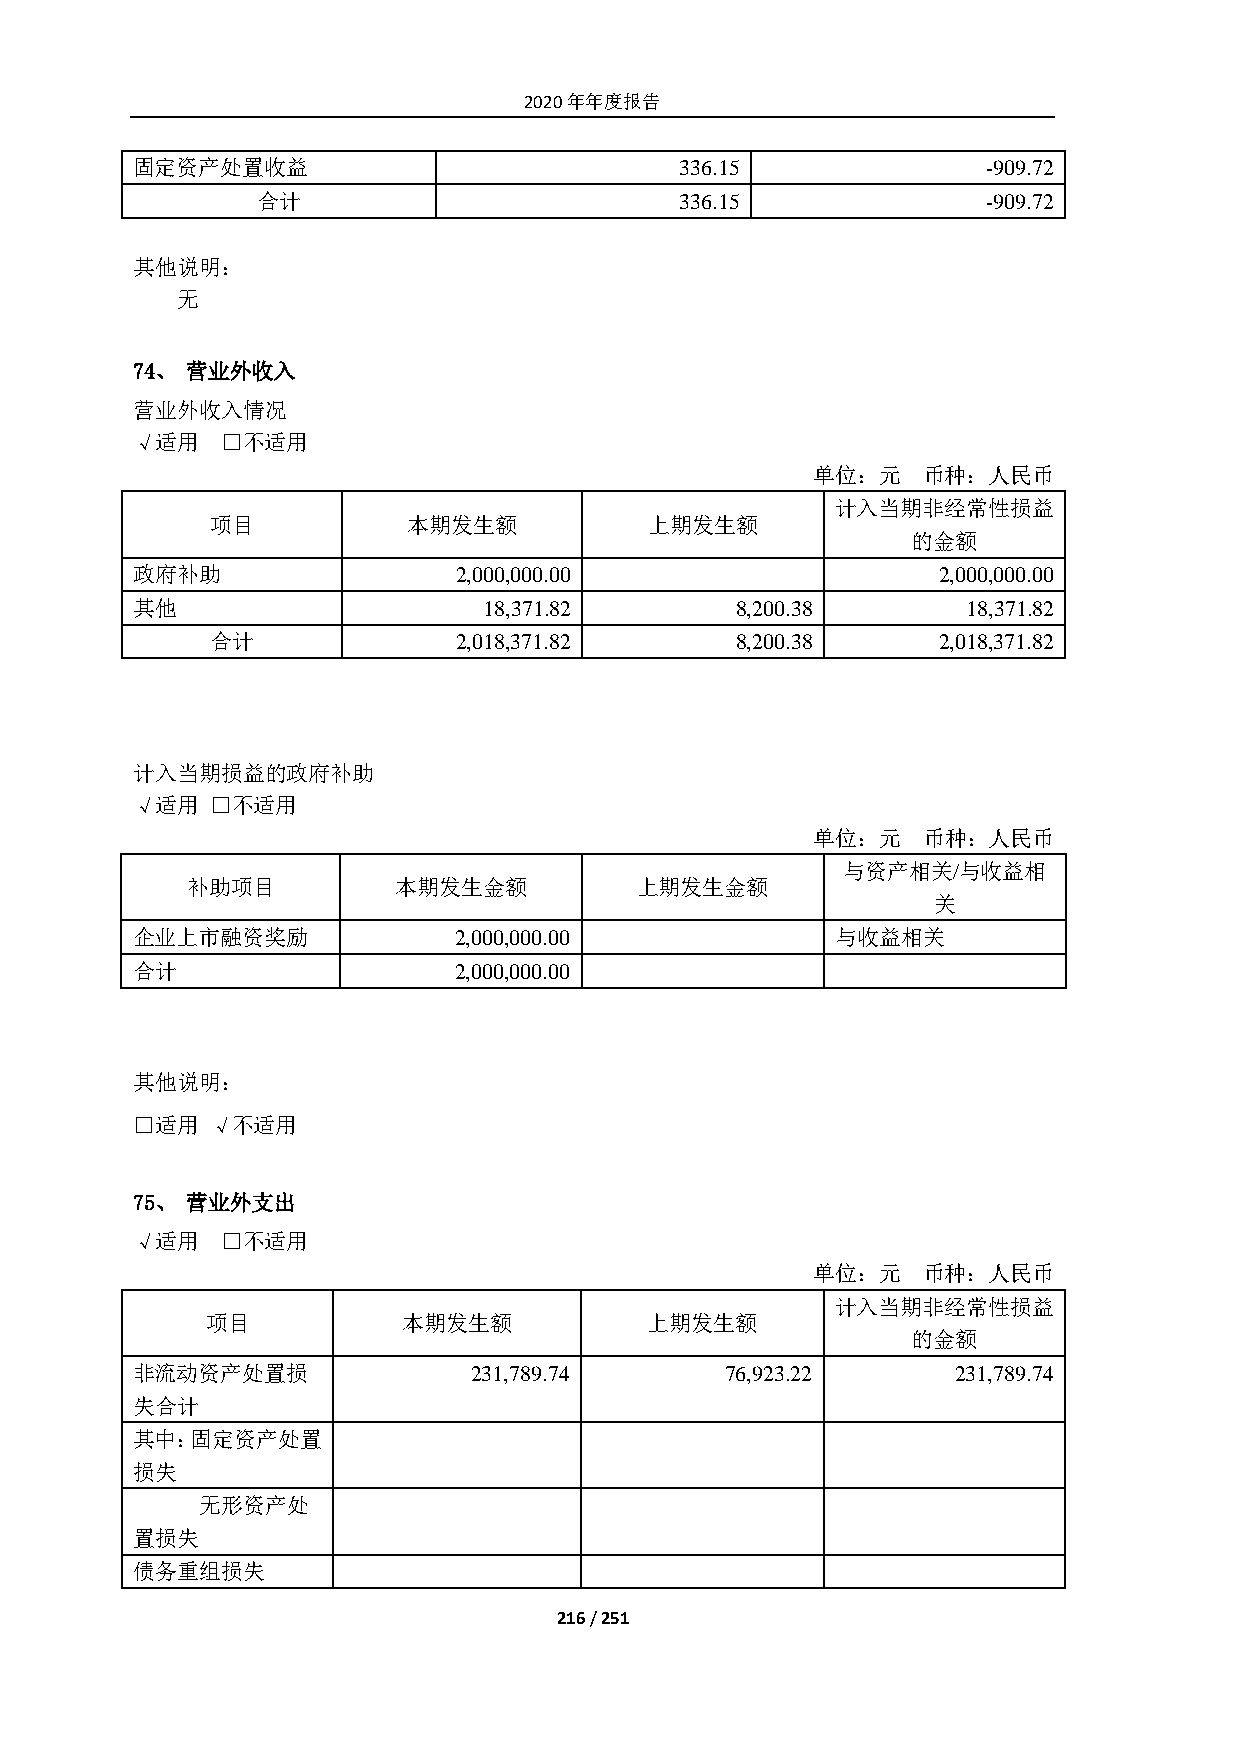
2020年年度报告
 固定资产处置收益                            336.15              -909.72
 合计                          336.15              -909.72
 其他说明：
 无
 74、 营业外收入
 营业外收入情况
 √适用   □不适用
 单位：元   币种：人民币
 计入当期非经常性损益
 项目           本期发生额           上期发生额
 的金额
 政府补助                 2,000,000.00                    2,000,000.00
 其他                     18,371.82        8,200.38       18,371.82
 合计              2,018,371.82       8,200.38     2,018,371.82
 计入当期损益的政府补助
 √适用  □不适用
 单位：元   币种：人民币
 与资产相关/与收益相
 补助项目          本期发生金额          上期发生金额
 关
 企业上市融资奖励             2,000,000.00             与收益相关
 合计                   2,000,000.00
 其他说明：
 □适用  √不适用
 75、 营业外支出
 √适用   □不适用
 单位：元   币种：人民币
 计入当期非经常性损益
 项目           本期发生额           上期发生额
 的金额
 非流动资产处置损              231,789.74       76,923.22      231,789.74
 失合计
 其中：固定资产处置
 损失
 无形资产处
 置损失
 债务重组损失
 216 / 251